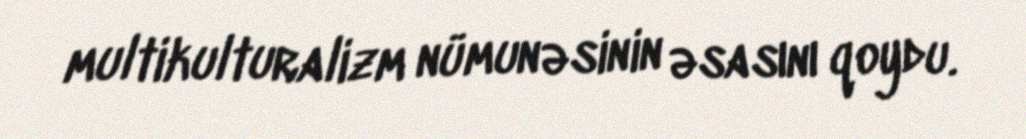
multikulturalizm nümunəsinin əsasını qoydu.